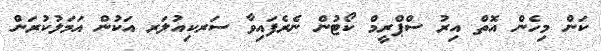
ކަން މިހެން އޮތް އިރު ސްޕްރީމް ކޯޓުން ނެރެފައިވާ ސަރކިއުލަރ އަކުން އަމަލުކުރަން